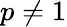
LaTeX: p\neq 1